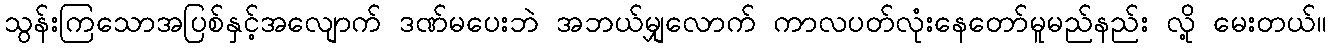
သွန်းကြသောအပြစ်နှင့်အလျောက် ဒဏ်မပေးဘဲ အဘယ်မျှလောက် ကာလပတ်လုံးနေတော်မူမည်နည်း လို့ မေးတယ်။